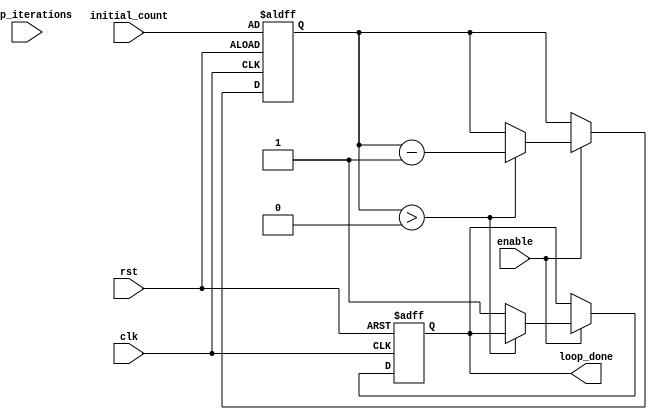
module decremental_for_loop (
    input wire [31:0] initial_count,
    input wire [31:0] loop_iterations,
    input wire clk,
    input wire rst,
    input wire enable,
    output wire loop_done
);

reg [31:0] count;
reg loop_done;

always @(posedge clk or posedge rst)
begin
    if (rst) begin
        count <= initial_count;
        loop_done <= 0;
    end else if (enable) begin
        if (count > 0) begin
            // Perform loop iterations here
            // Add your logic statements here

            count <= count - 1;
        end else begin
            loop_done <= 1;
        end
    end
end

endmodule